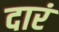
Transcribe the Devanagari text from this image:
दारं